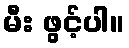
မီး ဖွင့်ပါ။